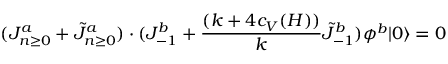
( J _ { n \ge 0 } ^ { a } + \tilde { J } _ { n \ge 0 } ^ { a } ) \cdot ( J _ { - 1 } ^ { b } + { \frac { ( k + 4 c _ { V } ( H ) ) } { k } } \tilde { J } _ { - 1 } ^ { b } ) \phi ^ { b } | 0 \rangle = 0